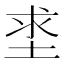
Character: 𡌊